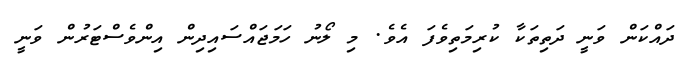
ދައްކަން ވަނީ ދަތިތަކާ ކުރިމަތިވެފަ އެވެ. މި ލޯނު ހަމަޖައްސައިދިން އިންވެސްޓަރުން ވަނީ